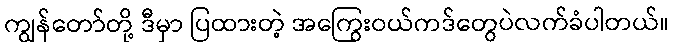
ကျွန်တော်တို့ ဒီမှာ ပြထားတဲ့ အကြွေးဝယ်ကဒ်တွေပဲလက်ခံပါတယ်။